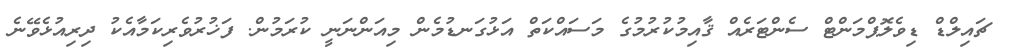
ޗައިލްޑް ޑިވެލޮޕްމަންޓް ސެންޓަރެއް ޤާއިމުކުރުމުގެ މަސައްކަތް އަޅުގަނޑުމެން މިއަންނަނީ ކުރަމުން. ފަޚުރުވެރިކަމާއެކު ދިރިއުޅެވޭނެ